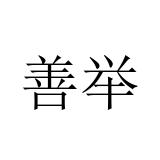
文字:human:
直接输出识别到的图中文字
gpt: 善举